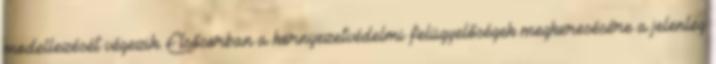
modellezését végezik. Elsősorban a környezetvédelmi felügyelőségek megkeresésére a jelenleg